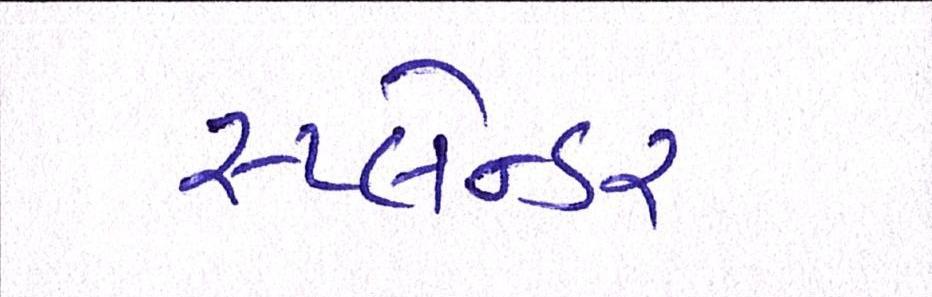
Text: સ્પ્લેન્ડર